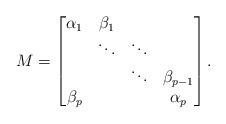
LaTeX: \begin{align*}M = \begin{bmatrix}\alpha_1 & \beta_1 \\& \ddots & \ddots \\& & \ddots & \beta_{p-1} \\\beta_p &&& \alpha_p \\\end{bmatrix}.\end{align*}